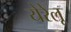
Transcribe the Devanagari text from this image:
येरेलू